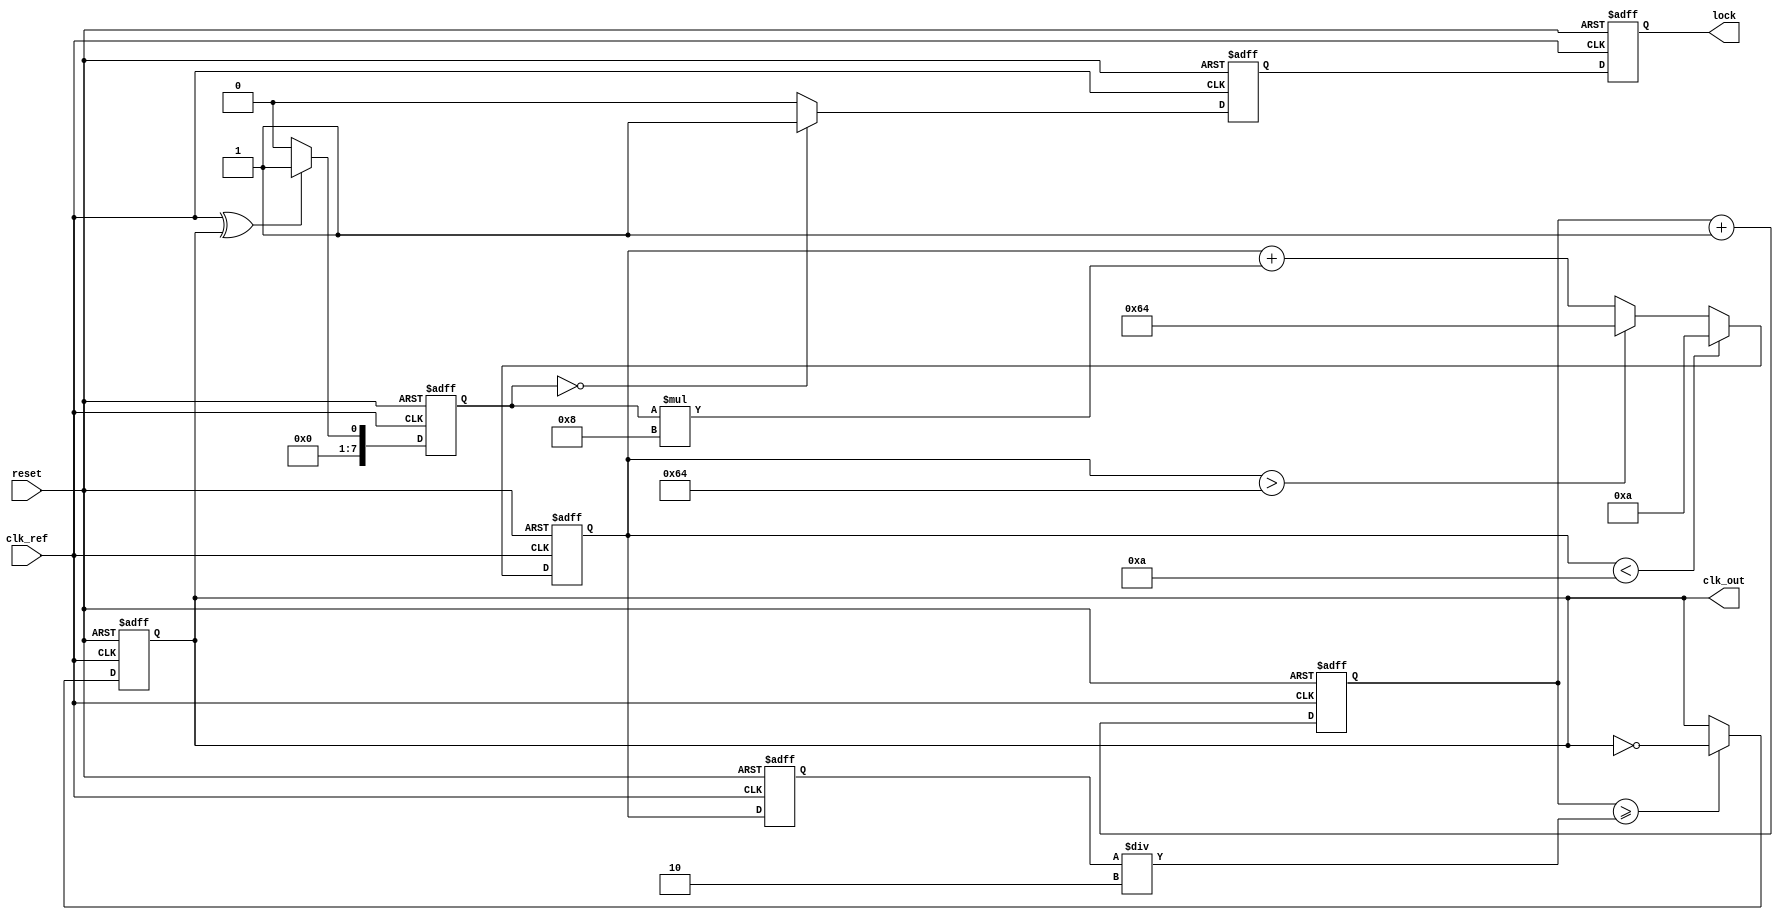
module dual_loop_pll (
  input wire clk_ref,    // Reference clock
  input wire reset,      // Reset signal
  output reg clk_out,    // Output clock
  output reg lock        // Lock indicator
);

  // Parameters for the loop filter and VCO
  parameter COARSE_GAIN = 8;
  parameter FINE_GAIN = 4;
  parameter VCO_MAX_FREQ = 100; // Max frequency for VCO
  parameter VCO_MIN_FREQ = 10;  // Min frequency for VCO
  parameter DIVIDER_RATIO = 2;   // Frequency divider ratio

  // Internal signals
  reg [7:0] phase_error;    // Phase error from phase detector
  reg [7:0] control_voltage; // Control voltage for VCO
  reg [7:0] vco_output;      // Current frequency of the VCO
  reg [31:0] counter;        // Counter for output clock generation
  
  // PLL Lock state
  reg locked;

  // Phase Detector (PD)
  always @(posedge clk_ref or posedge reset) begin
    if (reset) begin
      phase_error <= 0;
    end else begin
      // Dummy implementation of phase detection
      // Actual implementation would involve more complex phase calculations
      phase_error <= (clk_ref ^ clk_out) ? 1 : 0; // Simple phase comparison
    end
  end

  // Loop Filter (Coarse and Fine)
  always @(posedge clk_ref or posedge reset) begin
    if (reset) begin
      control_voltage <= 0;
    end else begin
      // Coarse adjustment
      control_voltage <= control_voltage + (phase_error * COARSE_GAIN);
      
      // Fine adjustment - limiting response
      if (control_voltage > VCO_MAX_FREQ) control_voltage <= VCO_MAX_FREQ;
      if (control_voltage < VCO_MIN_FREQ) control_voltage <= VCO_MIN_FREQ;
    end
  end

  // Voltage Controlled Oscillator (VCO)
  always @(posedge clk_ref or posedge reset) begin
    if (reset) begin
      vco_output <= 0;
      clk_out <= 0;
      locked <= 0;
      counter <= 0;
    end else begin
      vco_output <= control_voltage; // Assuming output frequency follows control voltage
      
      // Generate clk_out with some division logic
      if (counter >= (vco_output / DIVIDER_RATIO)) begin
        clk_out <= ~clk_out; // Toggle clock output
        counter <= 0;
      end
      counter <= counter + 1;

      // Check for lock condition - in real case, this should be more complex
      if (phase_error == 0)
        locked <= 1;
      else
        locked <= 0;
    end
  end

  // Lock output
  always @(posedge clk_ref or posedge reset) begin
    if (reset) begin
      lock <= 0;
    end else begin
      lock <= locked;
    end
  end

endmodule